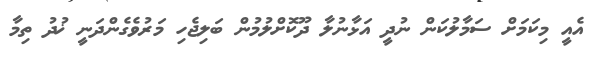
އެއީ މިކަމަށް ސަމާލުކަން ނުދީ އަޅާނުލާ ދޫކޮށްލުމުން ބަލިޖެހި މަރުވެގެންދަނީ ޚުދު ތިމާ